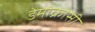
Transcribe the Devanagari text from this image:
डेमोक्रोसी